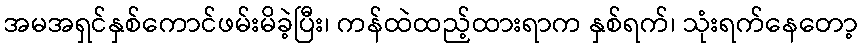
အမအရှင်နှစ်ကောင်ဖမ်းမိခဲ့ပြီး၊ ကန်ထဲထည့်ထားရာက နှစ်ရက်၊ သုံးရက်နေတော့